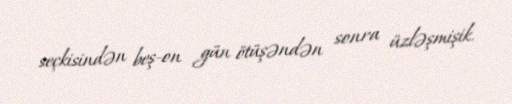
seçkisindən beş-on gün ötüşəndən sonra üzləşmişik.